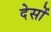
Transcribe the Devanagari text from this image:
देसों